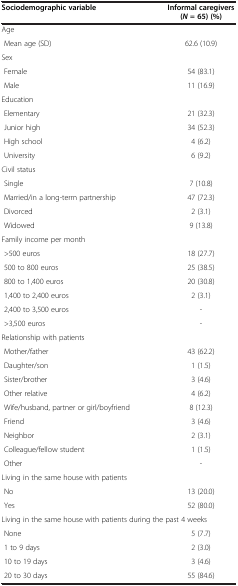
<table><thead><tr><td><b>Sociodemographic variable</b></td><td><b>Informal caregivers (<i>N</i>= 65) (%)</b></td></tr></thead><tbody><tr><td>Age</td><td> </td></tr><tr><td> Mean age (SD)</td><td>62.6 (10.9)</td></tr><tr><td>Sex</td><td> </td></tr><tr><td> Female</td><td>54 (83.1)</td></tr><tr><td> Male</td><td>11 (16.9)</td></tr><tr><td>Education</td><td> </td></tr><tr><td> Elementary</td><td>21 (32.3)</td></tr><tr><td> Junior high</td><td>34 (52.3)</td></tr><tr><td> High school</td><td>4 (6.2)</td></tr><tr><td> University</td><td>6 (9.2)</td></tr><tr><td>Civil status</td><td> </td></tr><tr><td> Single</td><td>7 (10.8)</td></tr><tr><td> Married/in a long-term partnership</td><td>47 (72.3)</td></tr><tr><td> Divorced</td><td>2 (3.1)</td></tr><tr><td> Widowed</td><td>9 (13.8)</td></tr><tr><td>Family income per month</td><td> </td></tr><tr><td> &gt;500 euros</td><td>18 (27.7)</td></tr><tr><td> 500 to 800 euros</td><td>25 (38.5)</td></tr><tr><td> 800 to 1,400 euros</td><td>20 (30.8)</td></tr><tr><td> 1,400 to 2,400 euros</td><td>2 (3.1)</td></tr><tr><td> 2,400 to 3,500 euros</td><td>-</td></tr><tr><td> &gt;3,500 euros</td><td>-</td></tr><tr><td>Relationship with patients</td><td> </td></tr><tr><td> Mother/father</td><td>43 (62.2)</td></tr><tr><td> Daughter/son</td><td>1 (1.5)</td></tr><tr><td> Sister/brother</td><td>3 (4.6)</td></tr><tr><td> Other relative</td><td>4 (6.2)</td></tr><tr><td> Wife/husband, partner or girl/boyfriend</td><td>8 (12.3)</td></tr><tr><td> Friend</td><td>3 (4.6)</td></tr><tr><td> Neighbor</td><td>2 (3.1)</td></tr><tr><td> Colleague/fellow student</td><td>1 (1.5)</td></tr><tr><td> Other</td><td>-</td></tr><tr><td>Living in the same house with patients</td><td> </td></tr><tr><td> No</td><td>13 (20.0)</td></tr><tr><td> Yes</td><td>52 (80.0)</td></tr><tr><td>Living in the same house with patients during the past 4 weeks</td><td> </td></tr><tr><td> None</td><td>5 (7.7)</td></tr><tr><td> 1 to 9 days</td><td>2 (3.0)</td></tr><tr><td> 10 to 19 days</td><td>3 (4.6)</td></tr><tr><td> 20 to 30 days</td><td>55 (84.6)</td></tr></tbody></table>